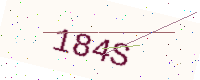
Text: 184S